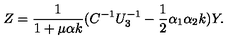
Z = { \frac { 1 } { 1 + \mu \alpha k } } ( C ^ { - 1 } U _ { 3 } ^ { - 1 } - { \frac { 1 } { 2 } } \alpha _ { 1 } \alpha _ { 2 } k ) Y .